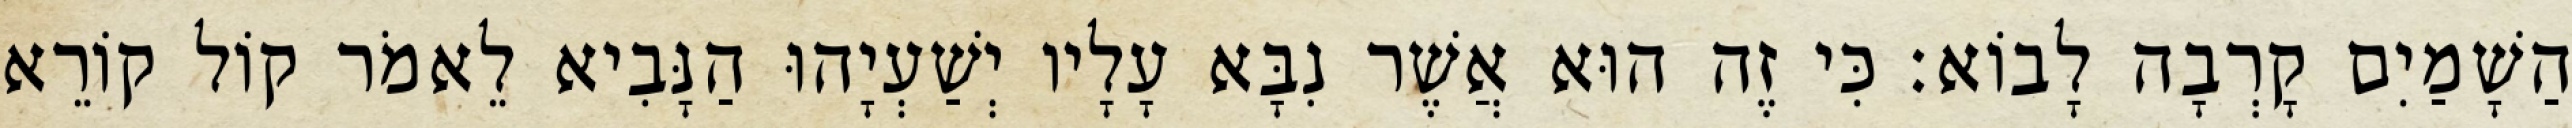
הַשָׁמַיִם קָרְבָה לָבוֹא׃ כִּי זֶה הוּא אֲשֶׁר נִבָּא עָלָיו יְשַׁעְיָהוּ הַנָּבִיא לֵאמֹר קוֹל קוֹרֵא